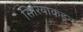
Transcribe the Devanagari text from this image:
सिरियाकडून